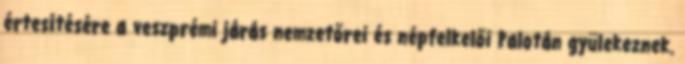
értesítésére a veszprémi járás nemzetőrei és népfelkelői Palotán gyülekeznek.